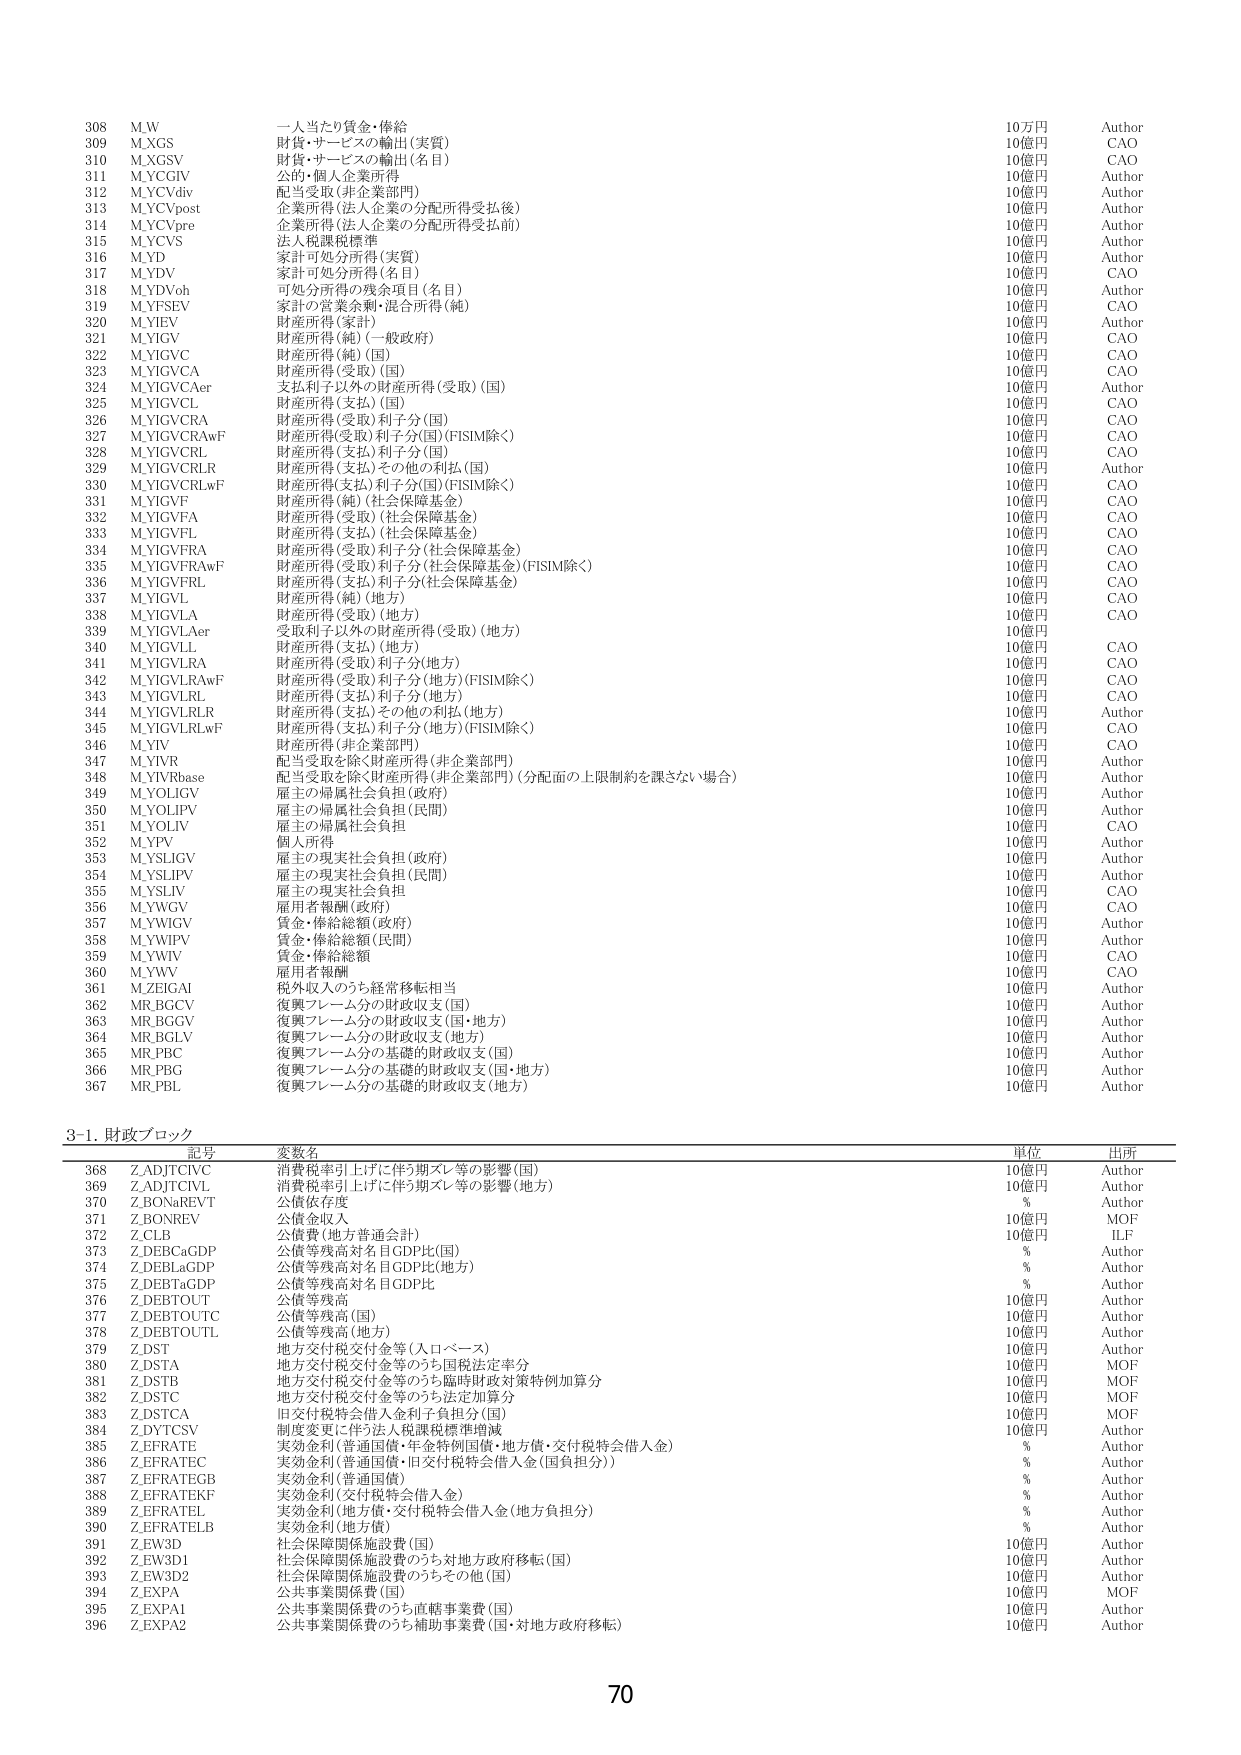
308 M.W 一人当たり賃金・俸給 10万円 Author
309 M.XGS 財貨・サービスの輸出(実質) 10億円 CAO
310 M.XGSV 財貨・サービスの輸出(名目) 10億円 CAO
311 M.YCGIV 公的・個人企業所得 10億円 Author
312 M.YCdiv 配当受取(非企業部門) 10億円 Author
313 M.YCpost 企業所得(法人企業の分配所得受払後) 10億円 Author
314 M.YCpre 企業所得(法人企業の分配所得受払前) 10億円 Author
315 M.YCVS 法人税課税標準 10億円 Author
316 M.YD 家計可処分所得(実質) 10億円 Author
317 M.YDV 家計可処分所得(名目) 10億円 CAO
318 M.YDVoh 可処分所得の残余項目(名目) 10億円 Author
319 M.YFSEV 家計の営業余剰・混合所得(純) 10億円 CAO
320 M.YIEV 財産所得(家計) 10億円 Author
321 M.YIGV 財産所得(純)(一般政府) 10億円 CAO
322 M.YIGVC 財産所得(純)(国) 10億円 CAO
323 M.YIGVCA 財産所得(受取)(国) 10億円 CAO
324 M.YIGVCAer 支払利子以外の財産所得(受取)(国) 10億円 Author
325 M.YIGVCL 財産所得(支払)(国) 10億円 CAO
326 M.YIGVCRA 財産所得(受取)利子分(国) 10億円 CAO
327 M.YIGVCRAwF 財産所得(受取)利子分(国)(FISIM除く) 10億円 CAO
328 M.YIGVCRL 財産所得(支払)利子分(国) 10億円 CAO
329 M.YIGVCRLR 財産所得(支払)その他の利払(国) 10億円 Author
330 M.YIGVCRLwF 財産所得(支払)利子分(国)(FISIM除く) 10億円 CAO
331 M.YIGVF 財産所得(純)(社会保障基金) 10億円 CAO
332 M.YIGVFA 財産所得(受取)(社会保障基金) 10億円 CAO
333 M.YIGVFL 財産所得(支払)(社会保障基金) 10億円 CAO
334 M.YIGVFRA 財産所得(受取)利子分(社会保障基金) 10億円 CAO
335 M.YIGVFRAwF 財産所得(受取)利子分(社会保障基金)(FISIM除く) 10億円 CAO
336 M.YIGVFRL 財産所得(支払)利子分(社会保障基金) 10億円 CAO
337 M.YIGVL 財産所得(純)(地方) 10億円 CAO
338 M.YIGVLA 財産所得(受取)(地方) 10億円 CAO
339 M.YIGVLAer 受取利子以外の財産所得(受取)(地方) 10億円 CAO
340 M.YIGVLL 財産所得(支払)(地方) 10億円 CAO
341 M.YIGVLRA 財産所得(受取)利子分(地方) 10億円 CAO
342 M.YIGVLRAwF 財産所得(受取)利子分(地方)(FISIM除く) 10億円 CAO
343 M.YIGVLRL 財産所得(支払)利子分(地方) 10億円 CAO
344 M.YIGVLRLR 財産所得(支払)その他の利払(地方) 10億円 Author
345 M.YIGVLRLwF 財産所得(支払)利子分(地方)(FISIM除く) 10億円 CAO
346 M.YIV 財産所得(非企業部門) 10億円 CAO
347 M.YIVR 配当受取を除く財産所得(非企業部門) 10億円 Author
348 M.YIVRbase 配当受取を除く財産所得(非企業部門)(分配面の上限制約を課さない場合) 10億円 Author
349 M.YOLGV 厩主の帰属社会負担(政府) 10億円 Author
350 M.YOLPV 厩主の帰属社会負担(民間) 10億円 Author
351 M.YOLIV 厩主の帰属社会負担 10億円 CAO
352 M.YPV 個人所得 10億円 Author
353 M.YSLJGV 厩主の現実社会負担(政府) 10億円 Author
354 M.YSLJPV 厩主の現実社会負担(民間) 10億円 Author
355 M.YSLIV 厩主の現実社会負担 10億円 CAO
356 M.YWGV 雇用者報酬(政府) 10億円 CAO
357 M.YWIGV 賃金・俸給総額(政府) 10億円 Author
358 M.YWIPV 賃金・俸給総額(民間) 10億円 Author
359 M.YWIV 賃金・俸給総額 10億円 CAO
360 M.YWV 雇用者報酬 10億円 CAO
361 M.ZEIGAI 税外収入のうち経常移転相当 10億円 Author
362 MR.BGCV 復興フレーム分の財政収支(国) 10億円 Author
363 MR.BGGV 復興フレーム分の財政収支(国・地方) 10億円 Author
364 MR.BGLV 復興フレーム分の財政収支(地方) 10億円 Author
365 MR.PBC 復興フレーム分の基礎的財政収支(国) 10億円 Author
366 MR.PBG 復興フレーム分の基礎的財政収支(国・地方) 10億円 Author
367 MR.PBL 復興フレーム分の基礎的財政収支(地方) 10億円 Author

3-1. 財政ブロック
記号 変数名 単位 出所
368 Z_ADJTCIVC 消費税率引上げに伴う期ズレ等の影響(国) 10億円 Author
369 Z_ADJTCIVL 消費税率引上げに伴う期ズレ等の影響(地方) 10億円 Author
370 Z_BONaREVT 公債依存度 % Author
371 Z_BONREV 公債金収入 10億円 MOF
372 Z_CLB 公債費(地方普通会計) 10億円 ILF
373 Z_DEBCaGDP 公債等残高対名目GDP比(国) % Author
374 Z_DEBLaGDP 公債等残高対名目GDP比(地方) % Author
375 Z_DEBTaGDP 公債等残高対名目GDP比 % Author
376 Z_DEBTOUT 公債等残高 10億円 Author
377 Z_DEBTOUTC 公債等残高(国) 10億円 Author
378 Z_DEBTOUTL 公債等残高(地方) 10億円 Author
379 Z_DST 地方交付税交付金等(人口ベース) 10億円 Author
380 Z_DSTA 地方交付税交付金等のうち国税法定率分 10億円 MOF
381 Z_DSTB 地方交付税交付金等のうち臨時財政対策特例加算分 10億円 MOF
382 Z_DSTC 地方交付税交付金等のうち法定加算分 10億円 MOF
383 Z_DSTCA 旧交付税特会借入金利子負担分(国) 10億円 MOF
384 Z_DYTCSV 制度変更に伴う法人税課税標準増減 10億円 Author
385 Z_EFRATE 実効金利(普通国債・年金特例国債・地方債・交付税特会借入金) % Author
386 Z_EFRATEC 実効金利(普通国債・旧交付税特会借入金(国負担分)) % Author
387 Z_EFRATEGB 実効金利(普通国債) % Author
388 Z_EFRATEKF 実効金利(交付税特会借入金) % Author
389 Z_EFRATELB 実効金利(地方債・交付税特会借入金(地方負担分)) % Author
390 Z_EFRATELB 実効金利(地方債) % Author
391 Z_EW3D 社会保障関係施設費(国) 10億円 Author
392 Z_EW3D1 社会保障関係施設費のうち対地方政府移転(国) 10億円 Author
393 Z_EW3D2 社会保障関係施設費のうちその他(国) 10億円 Author
394 Z_EXPA 公共事業関係費(国) 10億円 MOF
395 Z_EXPA1 公共事業関係費のうち直轄事業費(国) 10億円 Author
396 Z_EXPA2 公共事業関係費のうち補助事業費(国・対地方政府移転) 10億円 Author

70